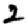
Digit: 2